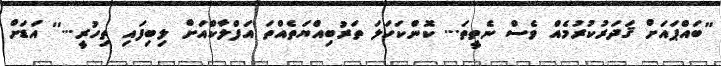
''ބައްޕައަށް ޤަދަރުކުރުމެއް ވެސް ނެތީތަ... ކޮންކަހަލަ ތަރުބިއްޔަތެއްތަ އަފްލާކްއަށް ލިބިފައި ތިހުރީ...'' އަޑަށް